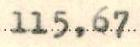
115,67